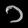
Digit: ၁